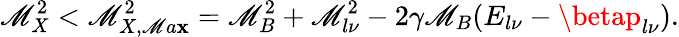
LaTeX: \mathscr{M}_{X}^{2}<\mathscr{M}_{X,\mathscr{M}a\mathbf{x}}^{2}=\mathscr{M}_{B}^{2}+\mathscr{M}_{l\nu}^{2}-2\gamma\mathscr{M}_{B}(E_{l\nu}-\betap_{l\nu}).